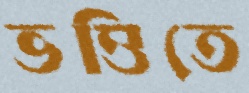
ভত্তিতে